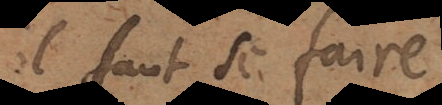
il faut se faire